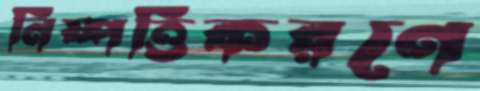
নিষ্পত্তিকরণে